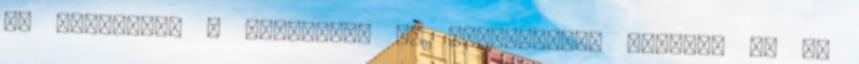
ha megkezdik a nyomozást az összezuhanó időben, és az